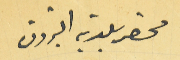
محضر بلدية البترون